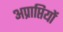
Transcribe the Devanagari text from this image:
अप्राप्तियों